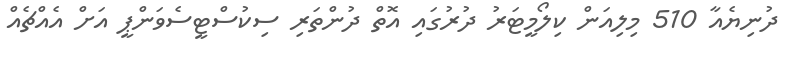
ދުނިޔެއާ 510 މިލިއަން ކިލޯމީޓަރު ދުރުގައި އޮތް ދުންތަރި ސިކުސްޓީސެވަންޕީ އަށް އެއްޗެއް